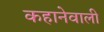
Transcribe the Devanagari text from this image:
कहानेवाली